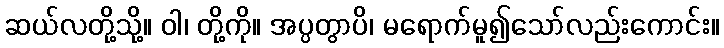
ဆယ်လတို့သို့။ ဝါ၊ တို့ကို။ အပ္ပတွာပိ၊ မရောက်မူ၍သော်လည်းကောင်း။